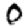
Digit: 0